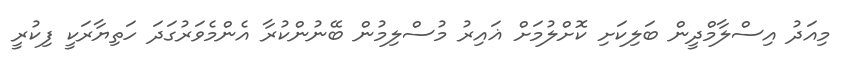
މިއަދު އިސްލާމްދީން ބަލިކަށި ކޮށްލުމަށް ޣައިރު މުސްލިމުން ބޭނުންކުރާ އެންމެވަރުގަދަ ހަތިޔާރަކީ ފިކުރީ